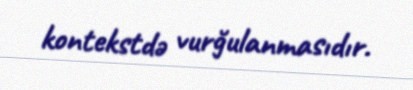
kontekstdə vurğulanmasıdır.